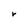
Character: r